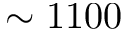
\sim 1 1 0 0